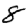
Digit: 8